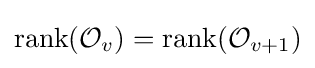
{\text{rank}}{({\mathcal {O}}_{v})}={\text{rank}}{({\mathcal {O}}_{v+1})}